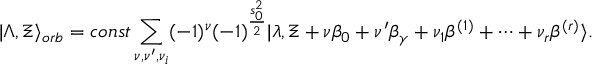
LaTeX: | \Lambda , \Xi \rangle _ { o r b } = c o n s t \sum _ { \nu , \nu ^ { \prime } , \nu _ { i } } ( - 1 ) ^ { \nu } ( - 1 ) ^ { \frac { s _ { 0 } ^ { 2 } } { 2 } } | \lambda , \Xi + \nu \beta _ { 0 } + \nu ^ { \prime } \beta _ { \gamma } + \nu _ { 1 } \beta ^ { ( 1 ) } + \dots + \nu _ { r } \beta ^ { ( r ) } \rangle .